Leaving Certificate Examination, 1909
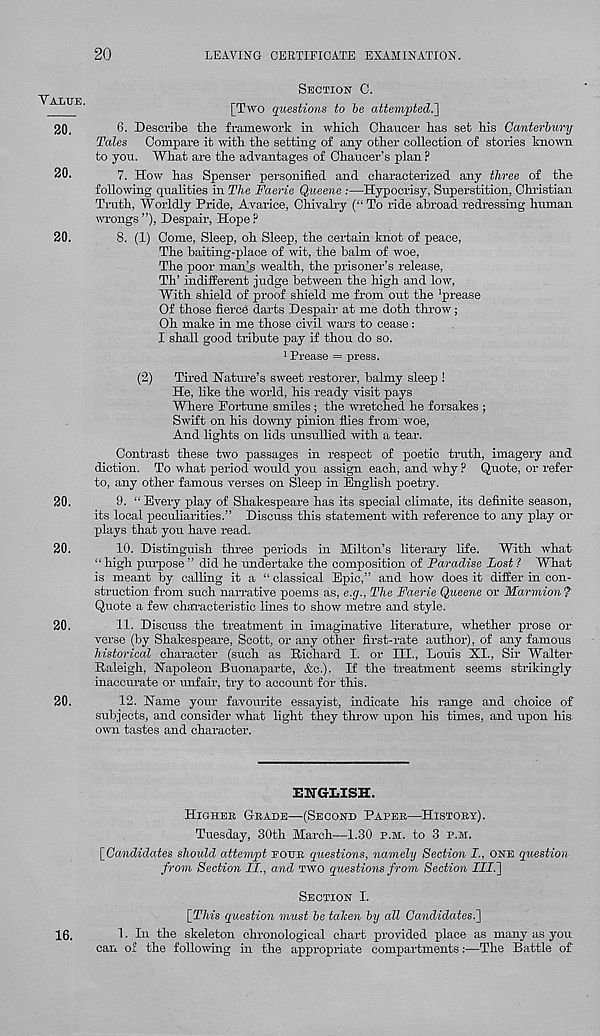
20
LEAVING CERTIFICATE EXAMINATION.
YALTJE.
20.
20.
20.
SECTION C.
[Two questions to be attempted.^
6. Describe the framework in which Chancer has set his Canterbury
Tales Compare it with the setting of any other collection of stories known
to you. What are the advantages of Chaucer’s plan ?
7. How has Spenser personified and characterized any three of the
following qualities in The Faerie Queene :—Hypocrisy, Superstition! Christian
Truth, Worldly Pride, Avarice, Chivalry (“To ride abroad redressing human
wrongs ”), Despair, Hope ?
8. (1) Come, Sleep, oh Sleep, the certain knot of peace,
The baiting-place of wit, the balm of woe,
The poor man’s wealth, the prisoner’s release,
Th’ indifferent judge between the high and low,
With shield of proof shield me from out the 'prease
Of those fierce darts Despair at me doth throw;
Oh make in me those civil wars to cease :
I shall good tribute pay if thou do so.
1 Prease = press.
(2)
Tired Nature's sweet restorer, balmy sleep !
He, like the world, his ready visit pays
Where Portune smiles ; the wretched he forsakes ;
Swift on his downy pinion flies from woe,
And lights on lids unsullied with a tear.
Contrast these two passages in respect of poetic truth, imagery and
diction. To what period would you assign each, and why P Quote, or refer
to, any other famous verses on Sleep in English poetry.
20.
9. “ Every play of Shakespeare has its special climate, its definite season,
its local peculiarities.” Discuss this statement with reference to any play or
plays that you have read.
20.
10. Distinguish three periods in Milton’s literary life. With what
“ high purpose ” did he undertake the composition of Paradise Lost 1 What
is meant by calling it a “ classical Epic,” and how does it differ in con-
struction from such narrative imems as, e.g., The Faerie Queene or Marmion?
Quote a few characteristic lines to show metre and style.
20.
11. Discuss the treatment in imaginative literature, whether prose or
verse (by Shakespeare, Scott, or any other first-rate author), of any famous
historical character (such as Richard I. or III., Louis XI., Sir Walter
Raleigh, Napoleon Buonaparte, &c.). If the treatment seems strikingly
inaccurate or unfair, try to account for this.
20.
12. Name your favourite essayist, indicate his range and choice of
subjects, and consider what light they throw upon his times, and upon his.
own tastes and character.
ENGX.ISH.
HIGHEB GRADE—(SECOND PAPER—HISTORY).
Tuesday, 30th March—1.30 P.M. to 3 P.M.
[Candidates should attempt EOUR questions, namely Section I., ONE question
from Section II., and TWO questions from Section Illi]
SECTION I.
[This question must be talcen by all Candidates.^
16.
1. In the skeleton chronological chart provided place as many as you
can of the following in the appropriate compartments:—The Battle of